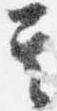
其